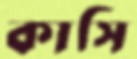
কাসি